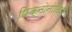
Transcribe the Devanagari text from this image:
पिक्नोनोटिडी